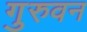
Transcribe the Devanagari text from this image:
गुरुवन